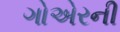
ગોએરની